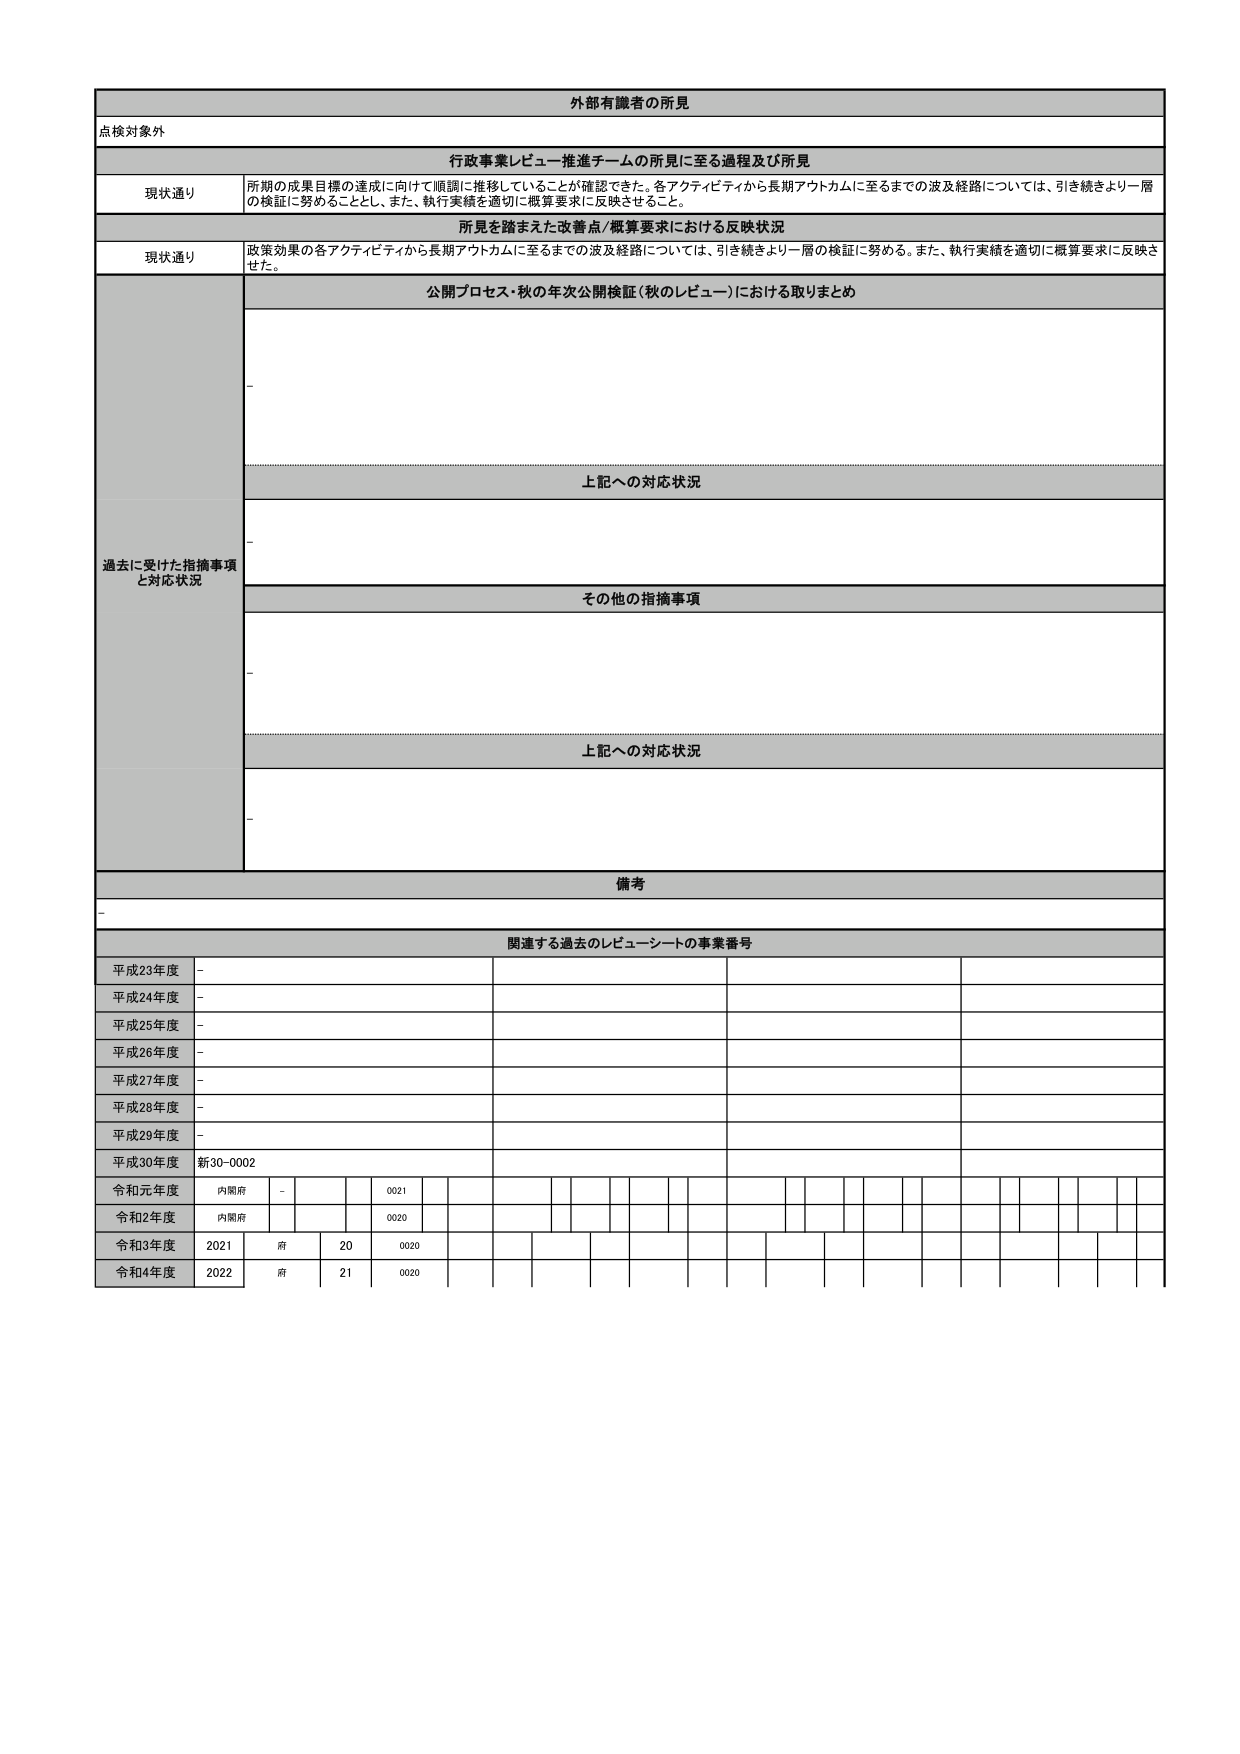
外部有識者の所見
点検対象外

行政事業レビュー推進チームの所見に至る過程及び所見
現状通り 所期の成果目標の達成に向けて順調に推移していることが確認できた。各アクティビティから長期アウトカムに至るまでの波及経路については、引き続きより一層の検証に努めることとし、また、執行実績を適切に概算要求に反映させるること。

所見を踏まえた改善点/概算要求における反映状況
現状通り 政策効果の各アクティビティから長期アウトカムに至るまでの波及経路については、引き続きより一層の検証に努める。また、執行実績を適切に概算要求に反映させた。

過去に受けた指摘事項と対応状況
公開プロセス・秋の年次公開検証（秋のレビュー）における取りまとめ
-

上記への対応状況
-

その他の指摘事項
-

上記への対応状況
-

備考
-

関連する過去のレビューシートの事業番号
平成23年度 -
平成24年度 -
平成25年度 -
平成26年度 -
平成27年度 -
平成28年度 -
平成29年度 -
平成30年度 新30-0002
令和元年度 内閣府 - 0021
令和2年度 内閣府 - 0020
令和3年度 2021 府 20 0020
令和4年度 2022 府 21 0020